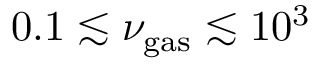
0 . 1 \lesssim \nu _ { \mathrm { g a s } } \lesssim 1 0 ^ { 3 }